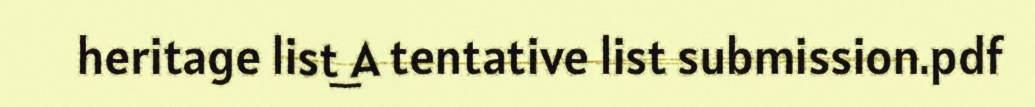
heritage list_A tentative list submission.pdf